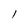
Character: l